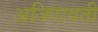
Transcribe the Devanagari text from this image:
अजिरावती